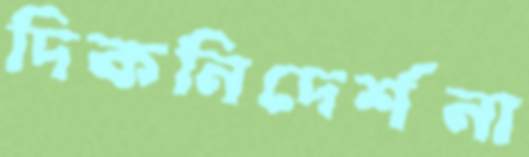
দিকনিদের্শনা